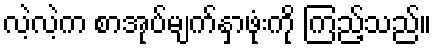
လဲ့လဲ့က စာအုပ်မျက်နှာဖုံးကို ကြည့်သည်။